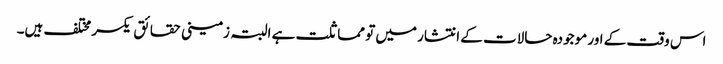
اس وقت کے اور موجودہ حالات کے انتشار میں تو مماثلت ہے البتہ زمینی حقائق یکسر مختلف ہیں۔